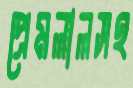
প্রেমলালসহ